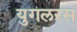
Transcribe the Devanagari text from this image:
युगलरस